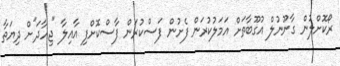
ރޯކޮށްލުން ގާނޫނުލް އުގޫބާތަށް އަމަލުކުރަން ފެށުން ފަސްކުރަން ފާސްކޮށްފި އާއިލާ "ޖިހާދަ"ށް ދިޔަތާ